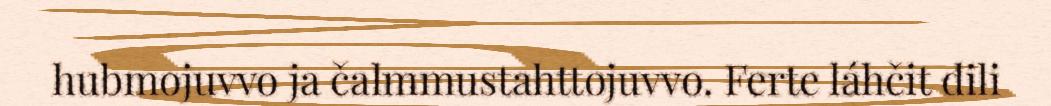
hubmojuvvo ja čalmmustahttojuvvo. Ferte láhčit dili